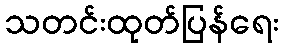
သတင်းထုတ်ပြန်ရေး